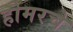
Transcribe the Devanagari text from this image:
होमरचे